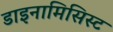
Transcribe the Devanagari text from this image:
डाइनामिसिस्ट